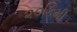
૨૦કિમી